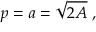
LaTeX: p = a = { \sqrt { 2 A } } \; ,